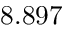
8 . 8 9 7